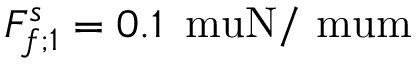
F _ { f ; 1 } ^ { s } = 0 . 1 \, \mathrm { \ m u N / \ m u m }